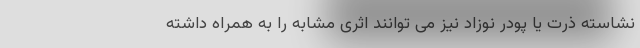
نشاسته ذرت یا پودر نوزاد نیز می توانند اثری مشابه را به همراه داشته